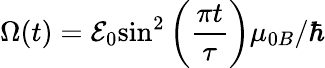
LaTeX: \Omega(t)=\mathcal{E}_{0}{{\sin}^{2}}\left(\frac{\pi t}{\tau}\right)\mu_{0B}/\hbar